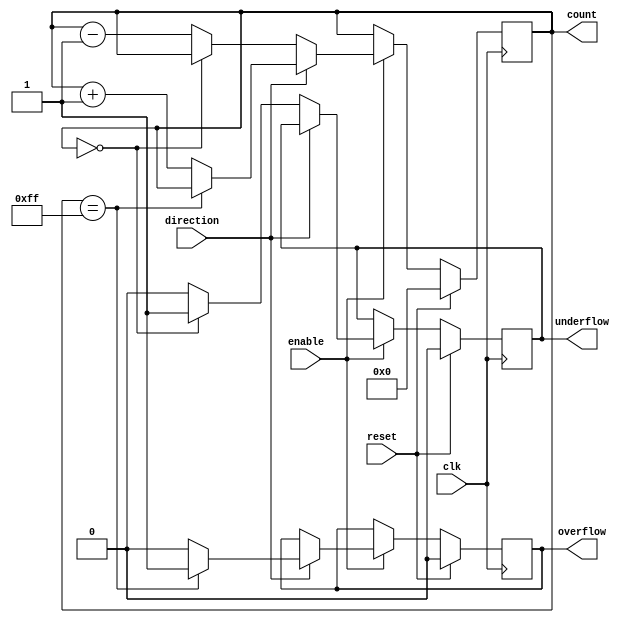
module BinaryCounter #(parameter WIDTH = 8) (
    input wire clk,                 // Clock signal
    input wire reset,               // Synchronous reset
    input wire enable,              // Enable counting
    input wire direction,           // 1 for up-count, 0 for down-count
    output reg [WIDTH-1:0] count,   // Current count value
    output reg overflow,            // Overflow flag
    output reg underflow            // Underflow flag
);

    initial begin
        count = 0;
        overflow = 0;
        underflow = 0;
    end

    // Counting logic
    always @(posedge clk) begin
        if (reset) begin
            count <= 0;              // Reset count to 0
            overflow <= 0;           // Clear overflow flag
            underflow <= 0;          // Clear underflow flag
        end
        else if (enable) begin
            if (direction) begin      // Count up
                if (count == (1 << WIDTH) - 1) begin
                    count <= count;   // Stay at max value
                    overflow <= 1;    // Set overflow flag
                end else begin
                    count <= count + 1;  // Increment counter
                    overflow <= 0;    // Clear overflow flag
                end
            end 
            else begin                 // Count down
                if (count == 0) begin
                    count <= count;    // Stay at min value
                    underflow <= 1;    // Set underflow flag
                end else begin
                    count <= count - 1;  // Decrement counter
                    underflow <= 0;    // Clear underflow flag
                end
            end
        end
    end

endmodule